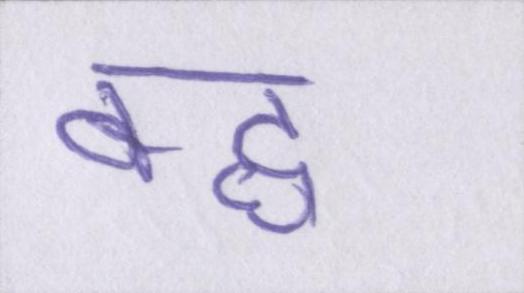
बद्ध